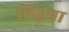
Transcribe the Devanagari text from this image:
विग्नना